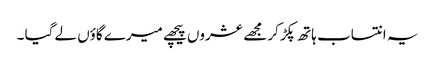
یہ انتساب ہاتھ پکڑ کر مجھے عشروں پیچھے میرے گاؤں لے گیا ۔